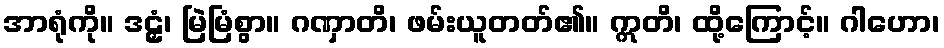
အာရုံကို။ ဒဠှံ၊ မြဲမြံစွာ။ ဂဏှာတိ၊ ဖမ်းယူတတ်၏။ ဣတိ၊ ထို့ကြောင့်။ ဂါဟော၊